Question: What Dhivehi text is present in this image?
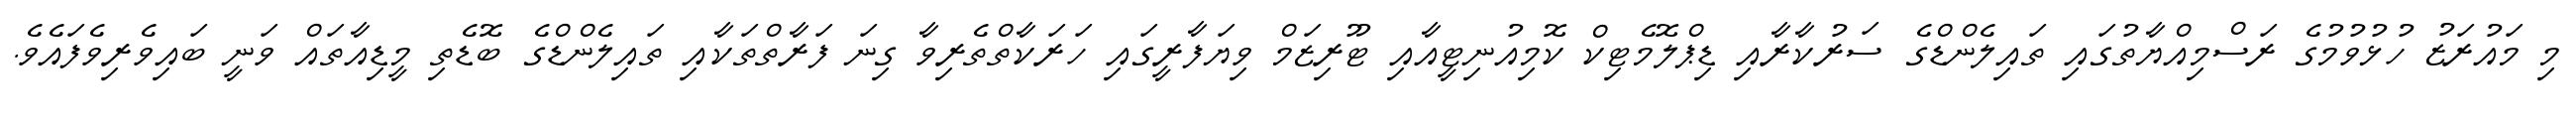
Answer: މި މައުރަޒު ހުޅުވުމުގެ ރަސްމިއްޔާތުގައި ތައިލެންޑްގެ ސަރުކާރާއި ޑިޕްލޮމެޓިކް ކޮމިއުނިޓީއާއި ޓޫރިޒަމް ވިޔަފާރީގައި ހަރަކާތްތެރިވާ ގިނަ ފަރާތްތަކާއި ތައިލެންޑްގެ ބޮޑެތި މީޑިއާތައް ވަނީ ބައިވެރިވެފައެވެ.